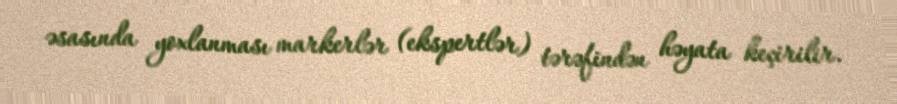
əsasında yoxlanması markerlər (ekspertlər) tərəfindən həyata keçirilir.